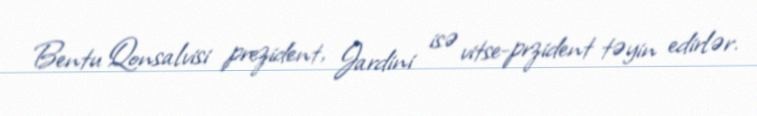
Bentu Qonsalvisi prezident, Jardini isə vitse-przident təyin edirlər.